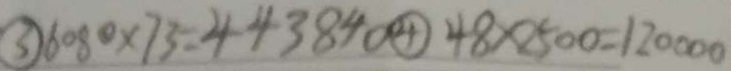
\textcircled { 3 } 6 0 8 0 \times 7 3 = 4 4 3 8 4 0 \textcircled { 4 } 4 8 \times 2 5 0 0 = 1 2 0 0 0 0